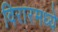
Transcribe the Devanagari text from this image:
विरारमध्ये